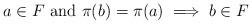
LaTeX: \begin{align*}a \in F \textup{ and } \pi(b) = \pi(a) \implies b \in F\end{align*}